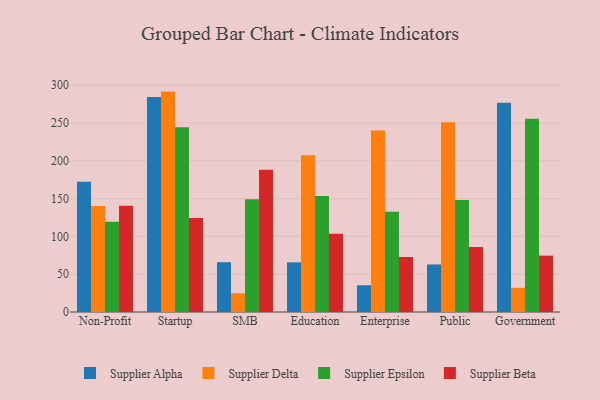
{"axis": {"x": "Segment", "y": "Headcount"}, "legend": ["Supplier Alpha", "Supplier Beta", "Supplier Delta", "Supplier Epsilon"], "data": [{"x": "Non-Profit", "y": 172.2, "type": "Supplier Alpha"}, {"x": "Non-Profit", "y": 140.2, "type": "Supplier Delta"}, {"x": "Non-Profit", "y": 119.5, "type": "Supplier Epsilon"}, {"x": "Non-Profit", "y": 140.7, "type": "Supplier Beta"}, {"x": "Startup", "y": 284.4, "type": "Supplier Alpha"}, {"x": "Startup", "y": 291.6, "type": "Supplier Delta"}, {"x": "Startup", "y": 244.5, "type": "Supplier Epsilon"}, {"x": "Startup", "y": 124.5, "type": "Supplier Beta"}, {"x": "SMB", "y": 65.9, "type": "Supplier Alpha"}, {"x": "SMB", "y": 24.8, "type": "Supplier Delta"}, {"x": "SMB", "y": 149.2, "type": "Supplier Epsilon"}, {"x": "SMB", "y": 188.2, "type": "Supplier Beta"}, {"x": "Education", "y": 65.7, "type": "Supplier Alpha"}, {"x": "Education", "y": 207.5, "type": "Supplier Delta"}, {"x": "Education", "y": 153.5, "type": "Supplier Epsilon"}, {"x": "Education", "y": 103.5, "type": "Supplier Beta"}, {"x": "Enterprise", "y": 35.4, "type": "Supplier Alpha"}, {"x": "Enterprise", "y": 240.2, "type": "Supplier Delta"}, {"x": "Enterprise", "y": 132.8, "type": "Supplier Epsilon"}, {"x": "Enterprise", "y": 72.8, "type": "Supplier Beta"}, {"x": "Public", "y": 62.9, "type": "Supplier Alpha"}, {"x": "Public", "y": 251.1, "type": "Supplier Delta"}, {"x": "Public", "y": 148.2, "type": "Supplier Epsilon"}, {"x": "Public", "y": 86.0, "type": "Supplier Beta"}, {"x": "Government", "y": 276.9, "type": "Supplier Alpha"}, {"x": "Government", "y": 32.0, "type": "Supplier Delta"}, {"x": "Government", "y": 255.7, "type": "Supplier Epsilon"}, {"x": "Government", "y": 74.6, "type": "Supplier Beta"}]}